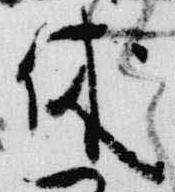
休